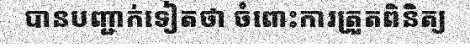
បានបញ្ជាក់ទៀតថា ចំពោះការត្រួតពិនិត្យ